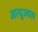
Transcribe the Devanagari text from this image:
अत्युज्वल